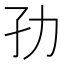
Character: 𭒹